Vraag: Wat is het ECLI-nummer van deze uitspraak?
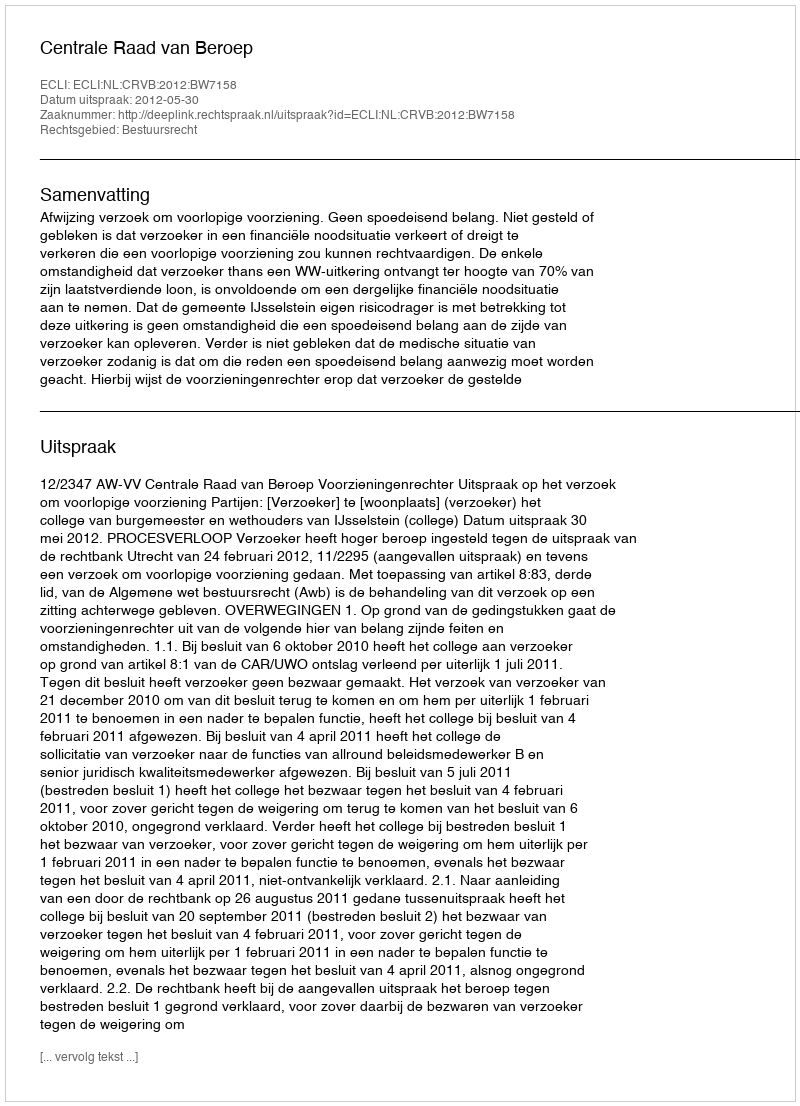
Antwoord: ECLI:NL:CRVB:2012:BW7158